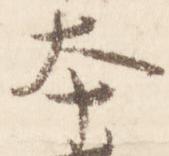
本